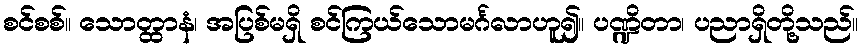
စင်စစ်။ သောတ္ထာနံ၊ အပြစ်မရှိ စင်ကြယ်သောမင်္ဂလာဟူ၍။ ပဏ္ဍိတာ၊ ပညာရှိတို့သည်။